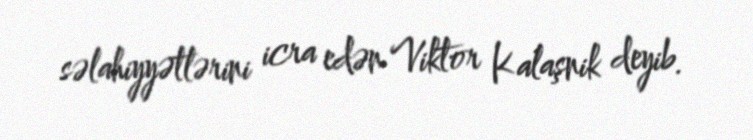
səlahiyyətlərini icra edən Viktor Kalaşnik deyib.